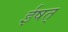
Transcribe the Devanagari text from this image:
ईषत्‌